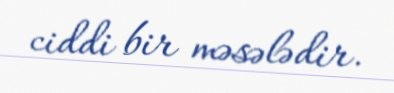
ciddi bir məsələdir.